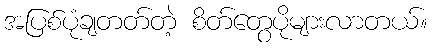
အပြစ်ပုံချတတ်တဲ့ စိတ်တွေပိုများလာတယ်။